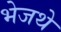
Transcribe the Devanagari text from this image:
भेजथे